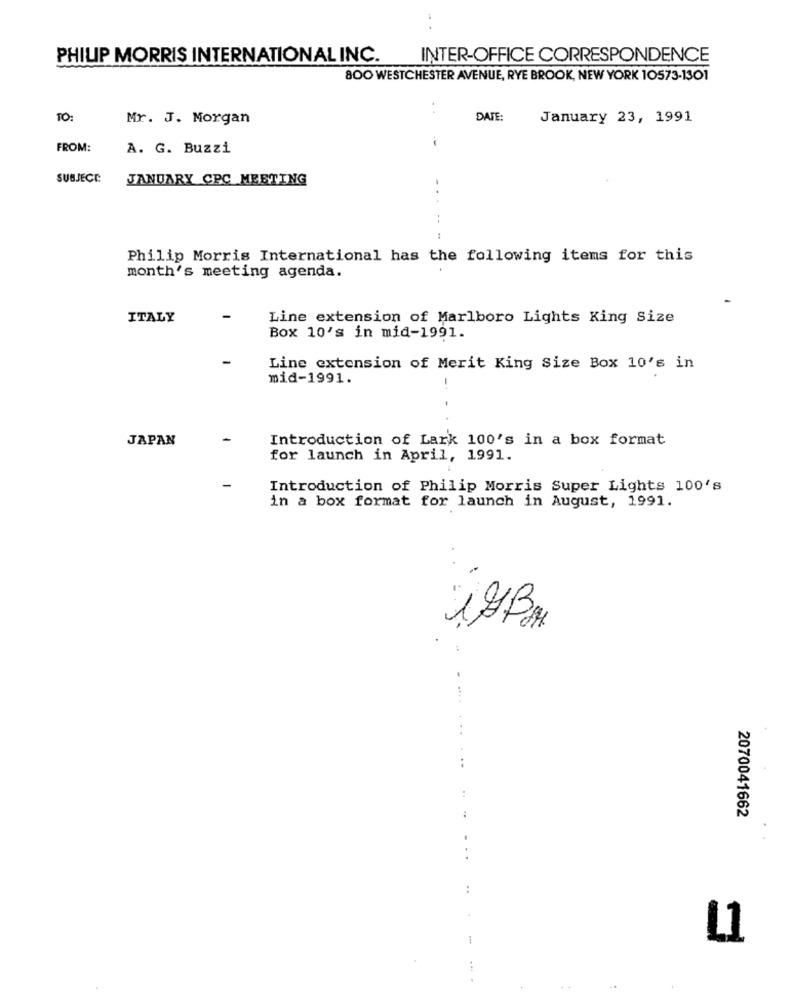
PHILIP MORRIS INTERNATIONAL INC.
INTER-OFFICE CORRESPONDENCE
800 WESTCHESTER AVENUE, RYE BROOK, NEW YORK 10573-1301
. .
TO:
Mr. J. Morgan
DATE:
January 23, 1991
--
FROM:
A. G. Buzzi
SUBJECT:
JANUARY CPC MEETING
Philip Morris International has the following items for this
month's meeting agenda.
ITALY
Line extension of Marlboro Lights King Size
Box 10's in mid-1991.
-
Line extension of Merit King Size Box 10's in
mid-1991.
JAPAN
Introduction of Lark 100's in a box format
for launch in April, 1991.
-
Introduction of Philip Morris Super Lights 100's
in a box format for launch in August, 1991.
. ..
2070041662
..
1
L1